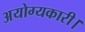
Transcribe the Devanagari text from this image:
अयोग्यकारी।